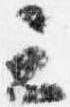
云